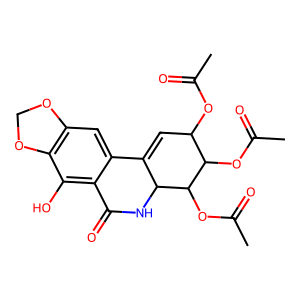
SMILES: CC(=O)OC1C=C2c3cc4c(c(O)c3C(=O)NC2C(OC(C)=O)C1OC(C)=O)OCO4
Inhibits HIV replication: No